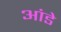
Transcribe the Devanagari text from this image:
आंडे